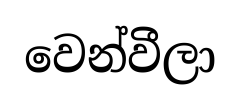
වෙන්වීලා